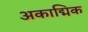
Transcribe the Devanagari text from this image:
अकाद्मिक